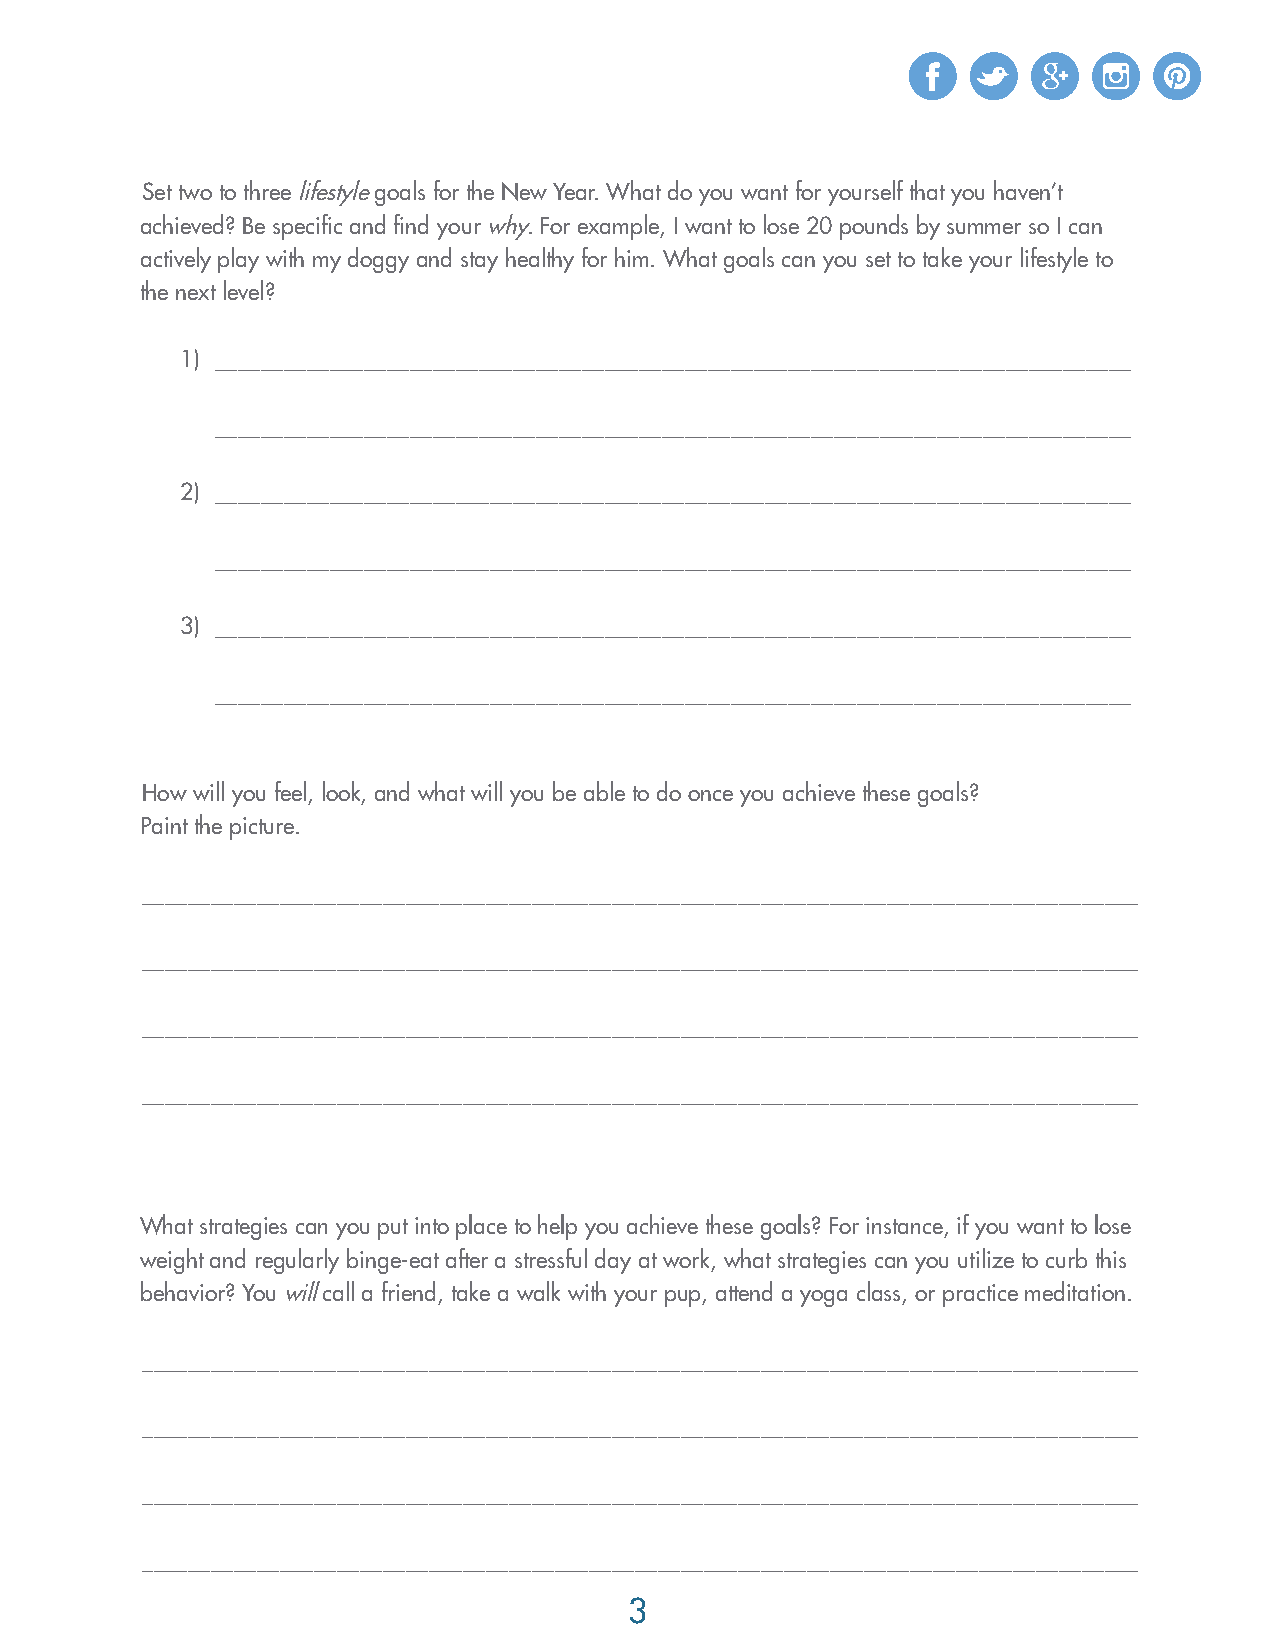
Set two to three lifestyle goals for the New Year. What do you want for yourself that you haven’t
 achieved? Be specific and find your why. For example, I want to lose 20 pounds by summer so I can
 actively play with my doggy and stay healthy for him. What goals can you set to take your lifestyle to
 the next level?
 1) ________________________________________________________________________________
 ________________________________________________________________________________
 2) ________________________________________________________________________________
 ________________________________________________________________________________
 3) ________________________________________________________________________________
 ________________________________________________________________________________
 How will you feel, look, and what will you be able to do once you achieve these goals?
 Paint the picture.
 _______________________________________________________________________________________
 _______________________________________________________________________________________
 _______________________________________________________________________________________
 _______________________________________________________________________________________
 What strategies can you put into place to help you achieve these goals? For instance, if you want to lose
 weight and regularly binge-eat after a stressful day at work, what strategies can you utilize to curb this
 behavior? You will call a friend, take a walk with your pup, attend a yoga class, or practice meditation.
 _______________________________________________________________________________________
 _______________________________________________________________________________________
 _______________________________________________________________________________________
 _______________________________________________________________________________________
 3